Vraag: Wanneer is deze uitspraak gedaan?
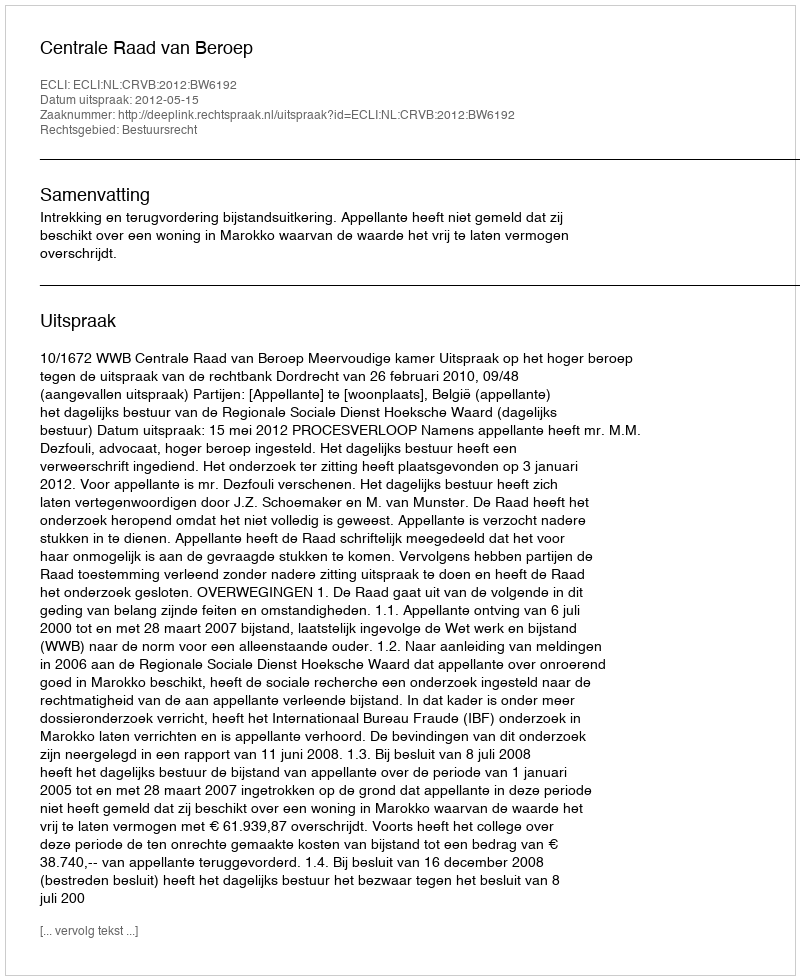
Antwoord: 2012-05-15